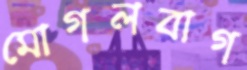
মোগলবাগ